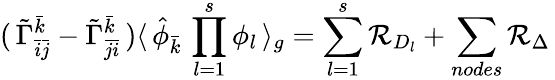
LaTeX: (\, {\tilde{\Gamma}}_{{\bar{i}}{\bar{j}}}^{\bar{k}}-{\tilde{\Gamma}}_{{\bar{j}}{\bar{i}}}^{\bar{k}}\, )\langle\, {\hat{\phi}}_{\bar{k}}\, \prod_{l=1}^{s}\phi_{l}\, \rangle_{g}=\sum_{l=1}^{s}{\cal R}_{D_{l}}+\sum_{nodes}{\cal R}_{\Delta}\,